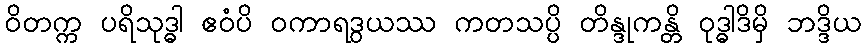
ဝိတက္က ပရိသုဒ္ဓါ ဧဝံပိ ဝကာရဒွယဿ ကတသပ္ပိ တိန္ဒုကန္တိ ဝုဒ္ဓါဒိမှိ ဘဒ္ဒိယ